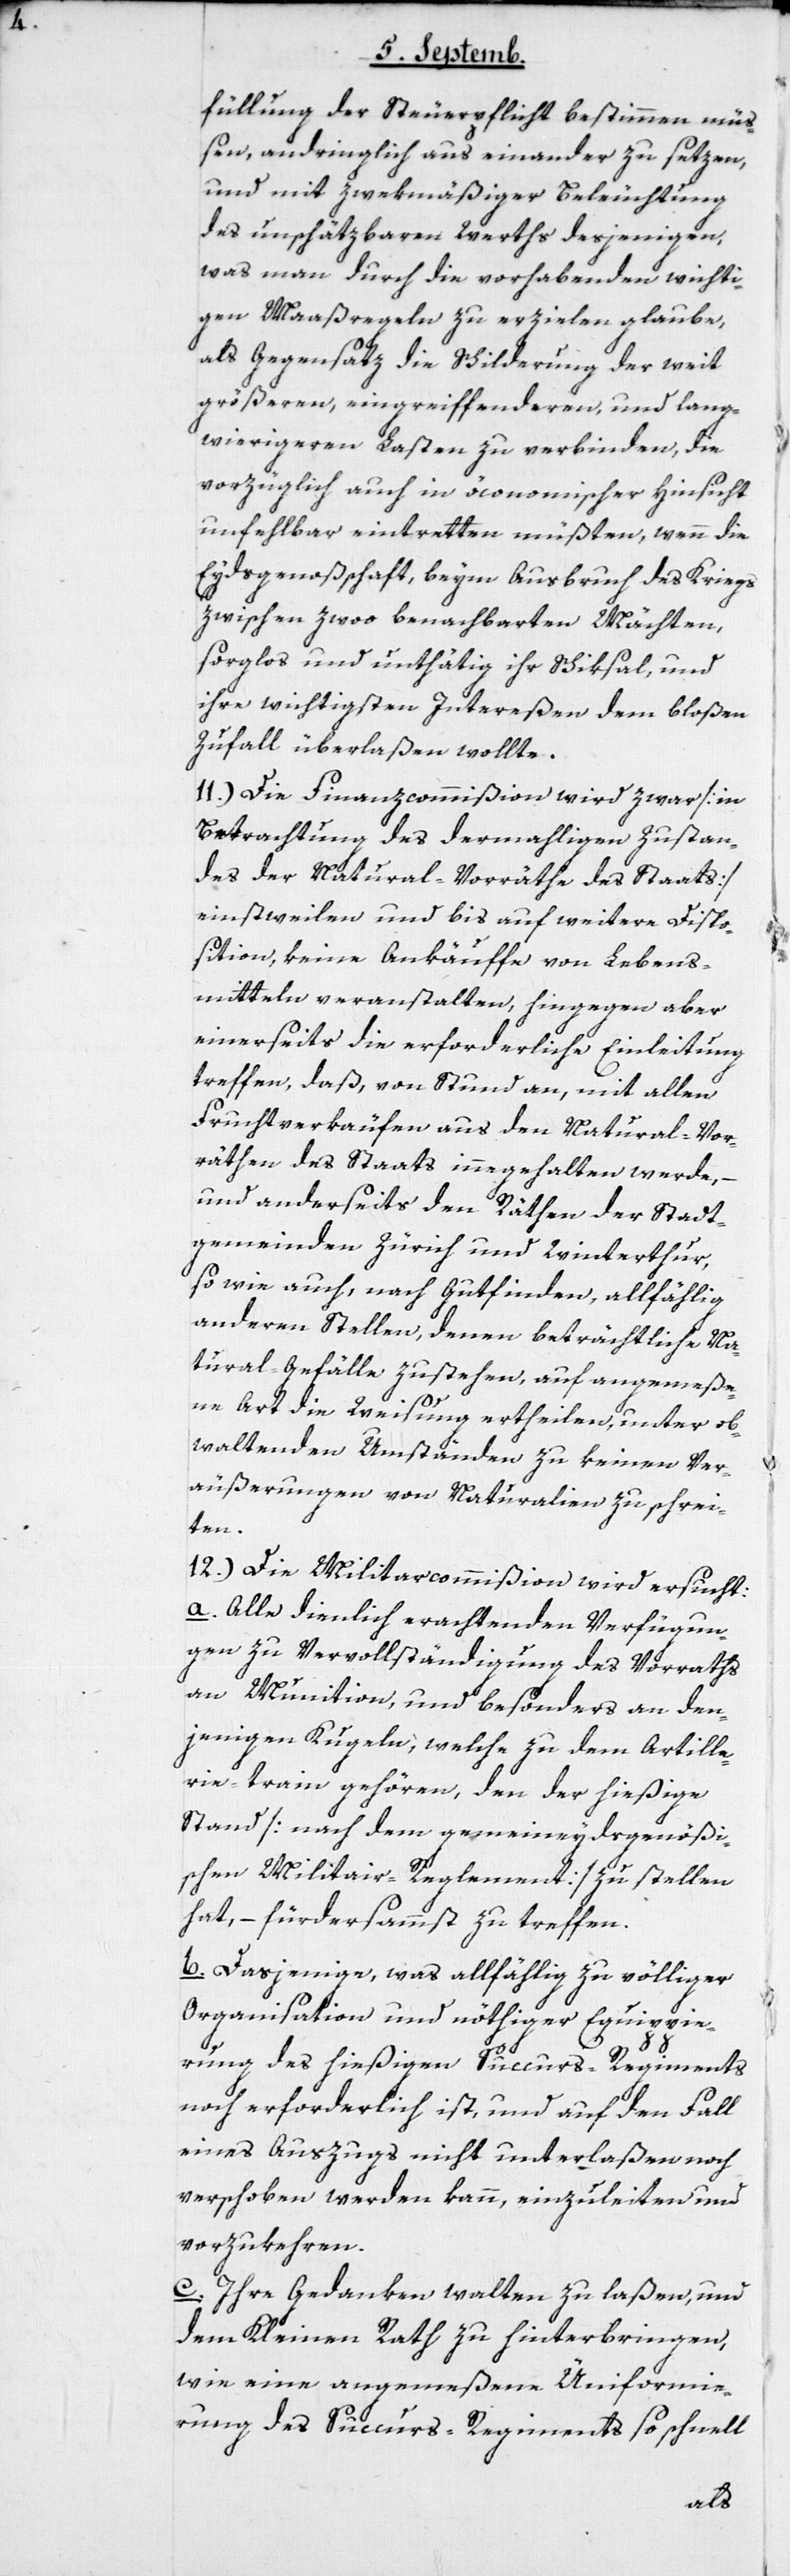
füllung der Steuerpflicht bestimmen mü¬
ßen, andringlich auseinander zu setzen,
und mit zwekmäßiger Beleuchtung
des unschätzbaren Werths desjenigen,
was man durch die vorhabenden wichti¬
gen Maaßregeln zu erzielen glaube,
als Gegensatz die Schilderung der weit
größeren, eingreiffenderen, und lang¬
wierigeren Lasten zu verbinden, die
vorzüglich auch in öconomischer Hinsicht
unfehlbar eintretten müßten, wenn die
Eydsgenoßschaft beym Ausbruch des Kriegs
zwischen zwoo benachbarten Mächten,
sorglos und unthätig ihr Schicksal, und
ihre wichtigsten Intereßen dem bloßen
Zufall überlaßen wollte.
11.) Die Finanzcommißion wird zwar [in
Betrachtung des dermahligen Zustan¬
des der Natural-Vorräthe des Staats]
einstweilen und bis auf weitere Dispo¬
sition, keine Ankäuffe von Lebens¬
mitteln veranstalten, hingegen aber
einerseits die erforderliche Einleitung
treffen, daß, von Stund an, mit allen
Fruchtverkäufen aus den Natural-Vor¬
räthen des Staats innegehalten werde, –
und anderseits den Räthen der Stadt¬
gemeinden Zürich und Winterthur,
so wie auch, nach Gutfinden, allfählig
anderen Stellen, denen beträchtliche Na¬
tural-Gefälle zustehen, auf angemeße¬
ne Art die Weisung ertheilen, unter ob¬
waltenden Umständen zu keinen Ver¬
äußerungen von Naturalien zu schrei¬
ten.
12.) Die Militarcommißion wird ersucht:
a) Alle dienlich erachtenden Verfügun¬
gen zu Vervollständigung des Vorraths
an Munition und besonders an den¬
jenigen Kugeln, welche zu dem Artille¬
rie-train gehören, den der hießige
Stand [nach dem gemeineydsgenößi¬
schen Militar-Reglement] zu stellen
hat, – fürdersammst zu treffen.
b) Dasjenige, was allfählig zu völliger
Organisation und nöthiger Equippie¬
rung des hießigen Succurs-Reg¬
iments
noch erforderlich ist, und auf den Fall
eines Auszugs nicht unterlaßen noch
verschoben werden kann, einzuleiten und
vorzukehren.
c) Ihre Gedanken walten zu laßen, und
dem Kleinen Rath zu hinterbringen,
wie eine angemeßene Uniformie¬
rung des Succurs-Regiments so schnell